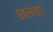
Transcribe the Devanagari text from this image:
छलता